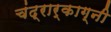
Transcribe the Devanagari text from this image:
चंद्रार्काग्नी